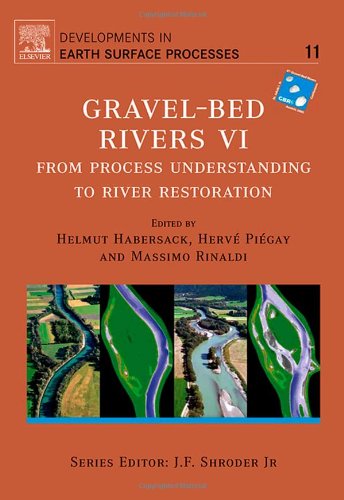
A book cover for Gravel Bed Rivers 6, Volume 11: From Process Understanding to River Restoration (Developments in Earth Surface Processes); Science & Math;